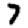
Digit: 7